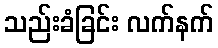
သည်းခံခြင်း လက်နက်